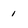
Character: 1